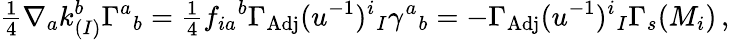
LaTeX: {\textstyle\frac{1}{4}}\nabla_{a}k_{(I)}^{b}\Gamma^{a}{}_{b}={\textstyle\frac{1}{4}}f_{ia}{}^{b}\Gamma_{\mathrm{Adj}}(u^{-1})^{i}{}_{I}\gamma^{a}{}_{b}=-\Gamma_{\mathrm{Adj}}(u^{-1})^{i}{}_{I}\Gamma_{s}(M_{i})\, ,